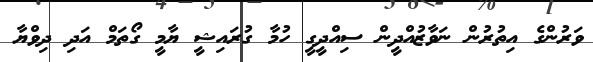
ވަރުންގެ އިތުރުން ނަވާޒުއްދީން ސިއްދީގީ ހުމާ ގުރައިޝީ ޔާމީ ގޯތަމް އަދި ދިވްޔާ